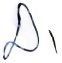
Text: D1